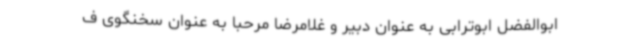
ابوالفضل ابوترابی به عنوان دبیر و غلامرضا مرحبا به عنوان سخنگوی ف